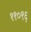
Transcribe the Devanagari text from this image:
११०९६